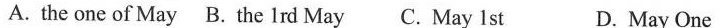
A. the one of May B. The lrd May C. May 1 st D. May One